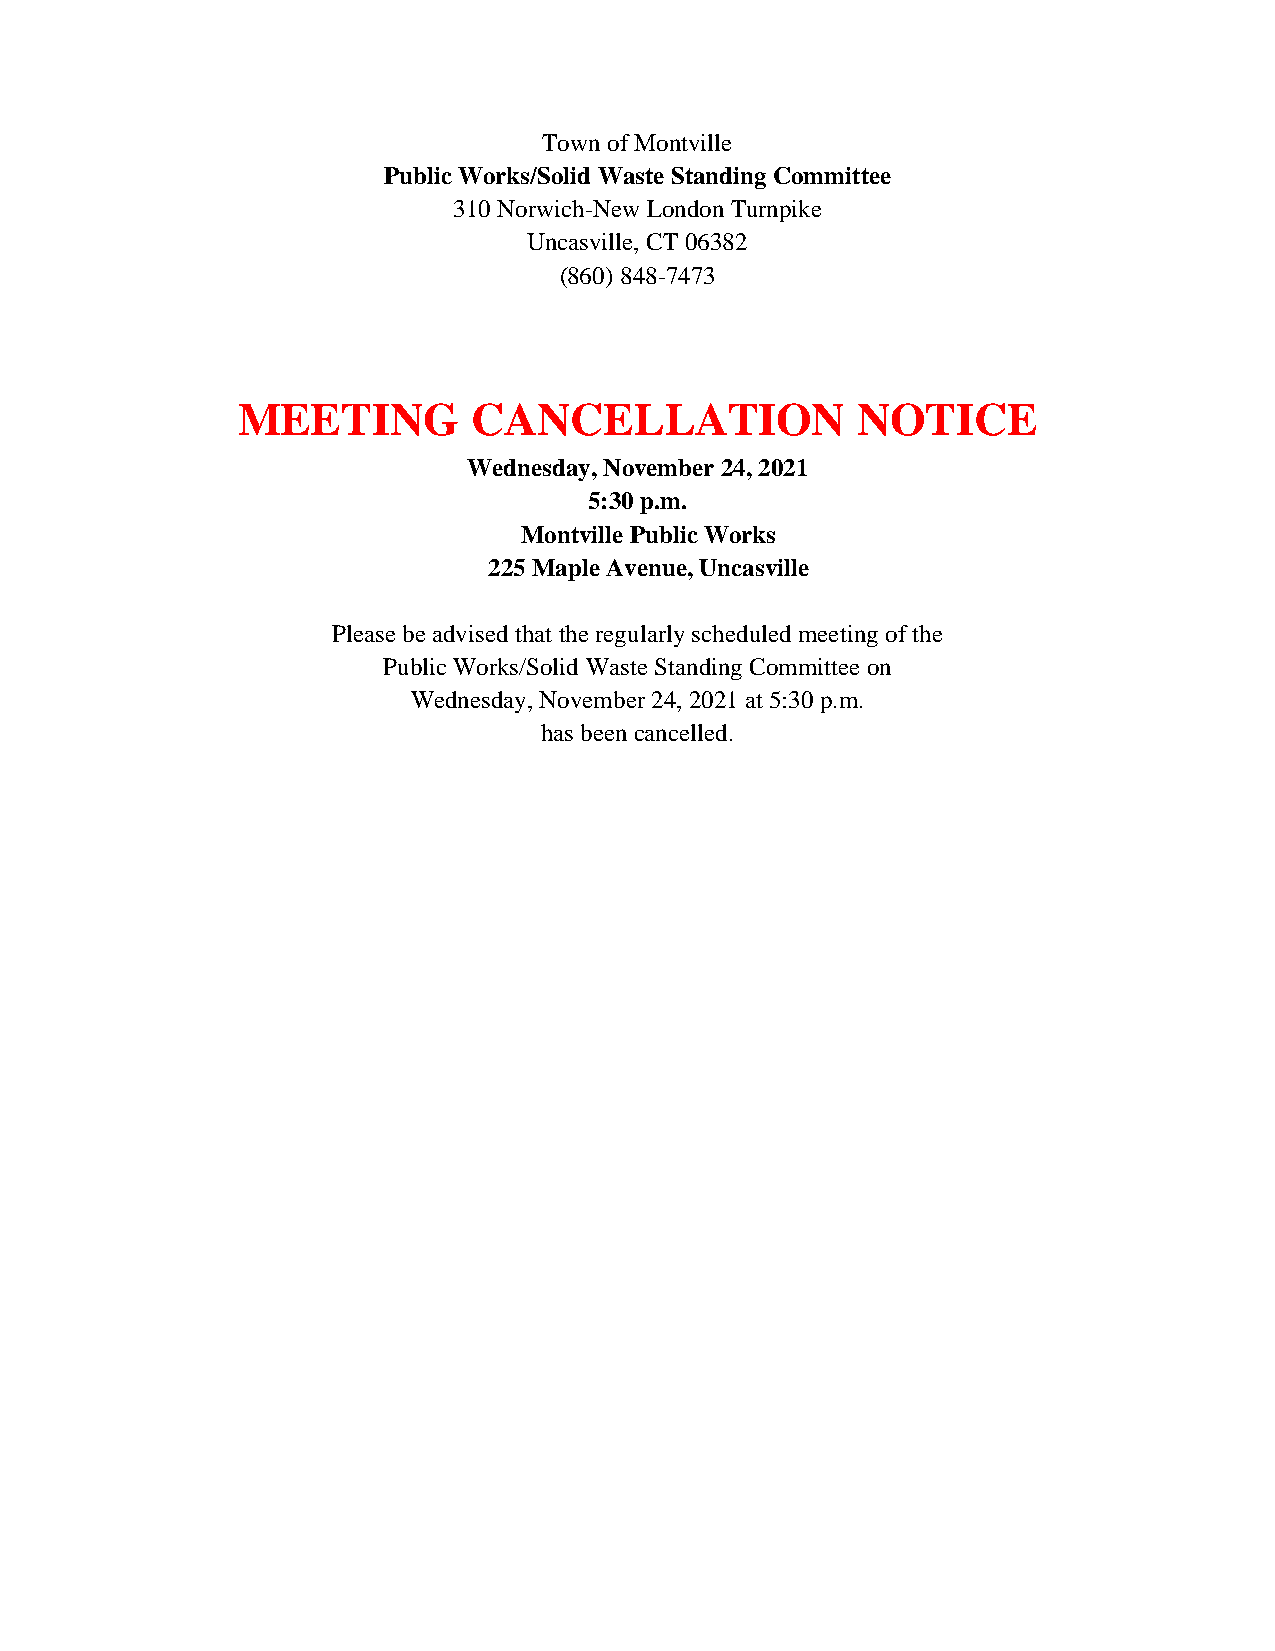
Town of Montville
 Public Works/Solid Waste Standing Committee
 310 Norwich-New London Turnpike
 Uncasville, CT 06382
 (860) 848-7473
 MEETING        CANCELLATION              NOTICE
 Wednesday, November 24, 2021
 5:30 p.m.
 Montville Public Works
 225 Maple Avenue, Uncasville
 Please be advised that the regularly scheduled meeting of the
 Public Works/Solid Waste Standing Committee on
 Wednesday, November 24, 2021 at 5:30 p.m.
 has been cancelled.